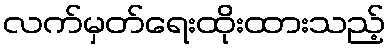
လက်မှတ်ရေးထိုးထားသည့်